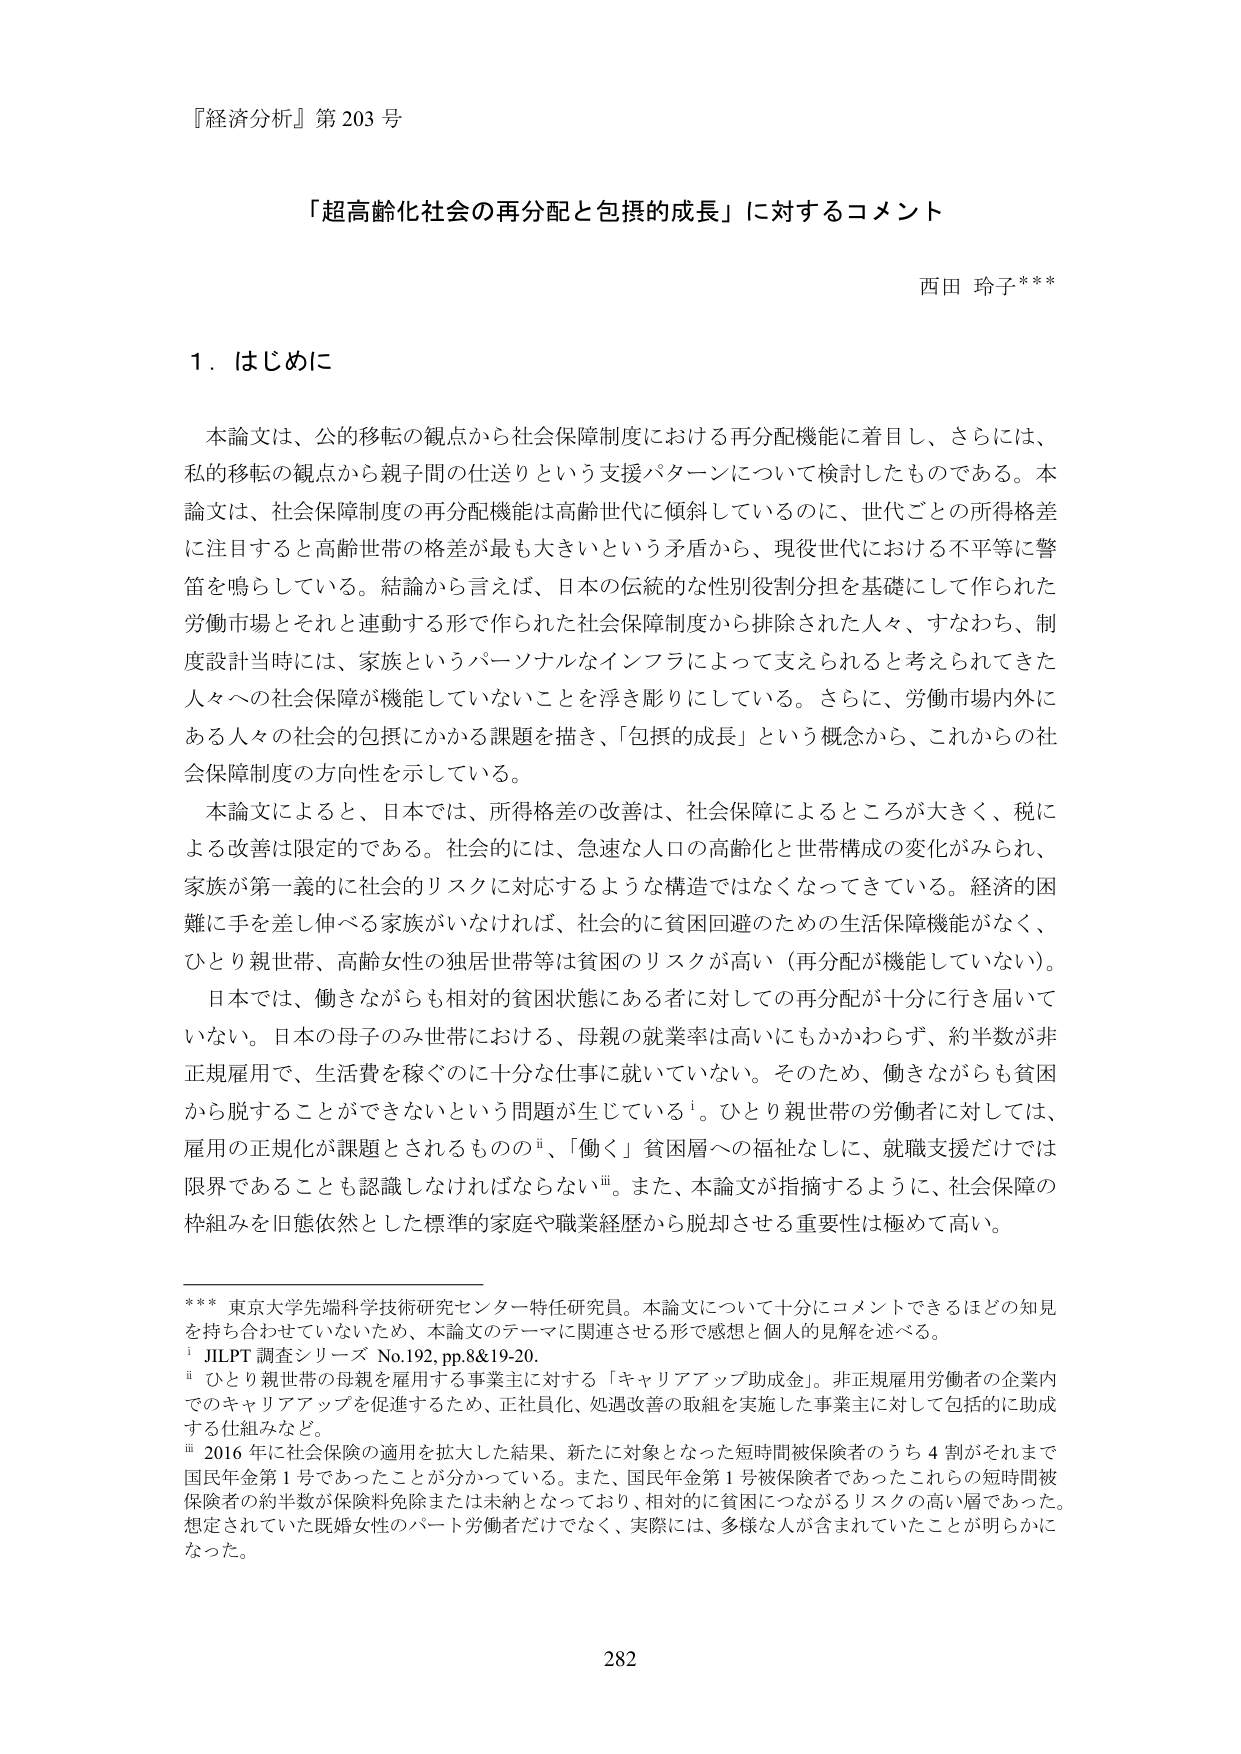
『経済分析』第203号

「超高齢化社会の再分配と包摂的成長」に対するコメント

西田 玲子***

1．はじめに

本論文は、公的移転の観点から社会保障制度における再分配機能に着目し、さらには、私的移転の観点から親子間の仕送りという支援パターンについて検討したものである。本論文は、社会保障制度の再分配機能は高齢世代に傾斜しているのに、世代ごとの所得格差に注目すると高齢世帯の格差が最も大きいという矛盾から、現役世代における不平等に警笛を鳴らしている。結論から言えば、日本の伝統的な性別役割分担を基礎にして作られた労働市場とそれと連動する形で作られた社会保障制度から排除された人々、すなわち、制度設計当時には、家族というパーソナルなインフラによって支えられると考えられてきた人々への社会保障が機能していないことを浮き彫りにしている。さらに、労働市場内外にある人々の社会的包摂にかかる課題を描き、「包摂的成長」という概念から、これからの社会保障制度の方向性を示している。

本論文によると、日本では、所得格差の改善は、社会保障によるところが大きく、税による改善は限定的である。社会的には、急速な人口の高齢化と世帯構成の変化がみられ、家族が第一義的に社会的リスクに対応するような構造ではなくなってきた。経済的困難に手を差し伸べる家族がいなければ、社会的に貧困回避のための生活保障機能がなく、ひとり親世帯、高齢女性の独居世帯等は貧困のリスクが高い（再分配が機能していない）。

日本では、働きながらも相対的貧困状態にある者に対しての再分配が十分に行き届いていない。日本の母子のみ世帯における、母親の就業率は高いにもかかわらず、約半数が非正規雇用で、生活費を稼ぐのに十分な仕事に就いていない。そのため、働きながらも貧困から脱することができないという問題が生じている¹。ひとり親世帯の労働者に対しては、雇用の正規化が課題とされるものの²、「働く」貧困層への福祉なしに、就職支援だけでは限界であることも認識しなければならない³。また、本論文が指摘するように、社会保障の枠組みを旧態依然とした標準的家庭や職業経歴から脱却させる重要性は極めて高い。

*** 東京大学先端科学技術研究センター特任研究員。本論文について十分にコメントできるほどの知見を持ち合わせていないため、本論文のテーマに関連させる形で感想と個人的見解を述べる。

¹ JILPT 調査シリーズ No.192, pp.8&19-20.

² ひとり親世帯の母親を雇用する事業主に対する「キャリアアップ助成金」。非正規雇用労働者の企業内でのキャリアアップを促進するため、正社員化、処遇改善の取組を実施した事業主に対して包括的に助成する仕組みなど。

³ 2016年に社会保障の適用を拡大した結果、新たに対象となった短時間被保険者のうち4割がそれまで国民年金第1号であったことが分かっている。また、国民年金第1号被保険者であったこれらの短時間被保険者の約半数が保険料免除または未納となっており、相対的に貧困につながるリスクの高い層であった。想定されていた既婚女性のパート労働者だけでなく、実際には、多様な人が含まれていたことが明らかになった。

282